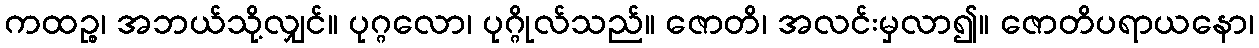
ကထဉ္စ၊ အဘယ်သို့လျှင်။ ပုဂ္ဂလော၊ ပုဂ္ဂိုလ်သည်။ ဇောတိ၊ အလင်းမှလာ၍။ ဇောတိပရာယနော၊